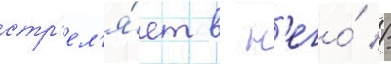
стр'ел'я́ет в н'его́ //